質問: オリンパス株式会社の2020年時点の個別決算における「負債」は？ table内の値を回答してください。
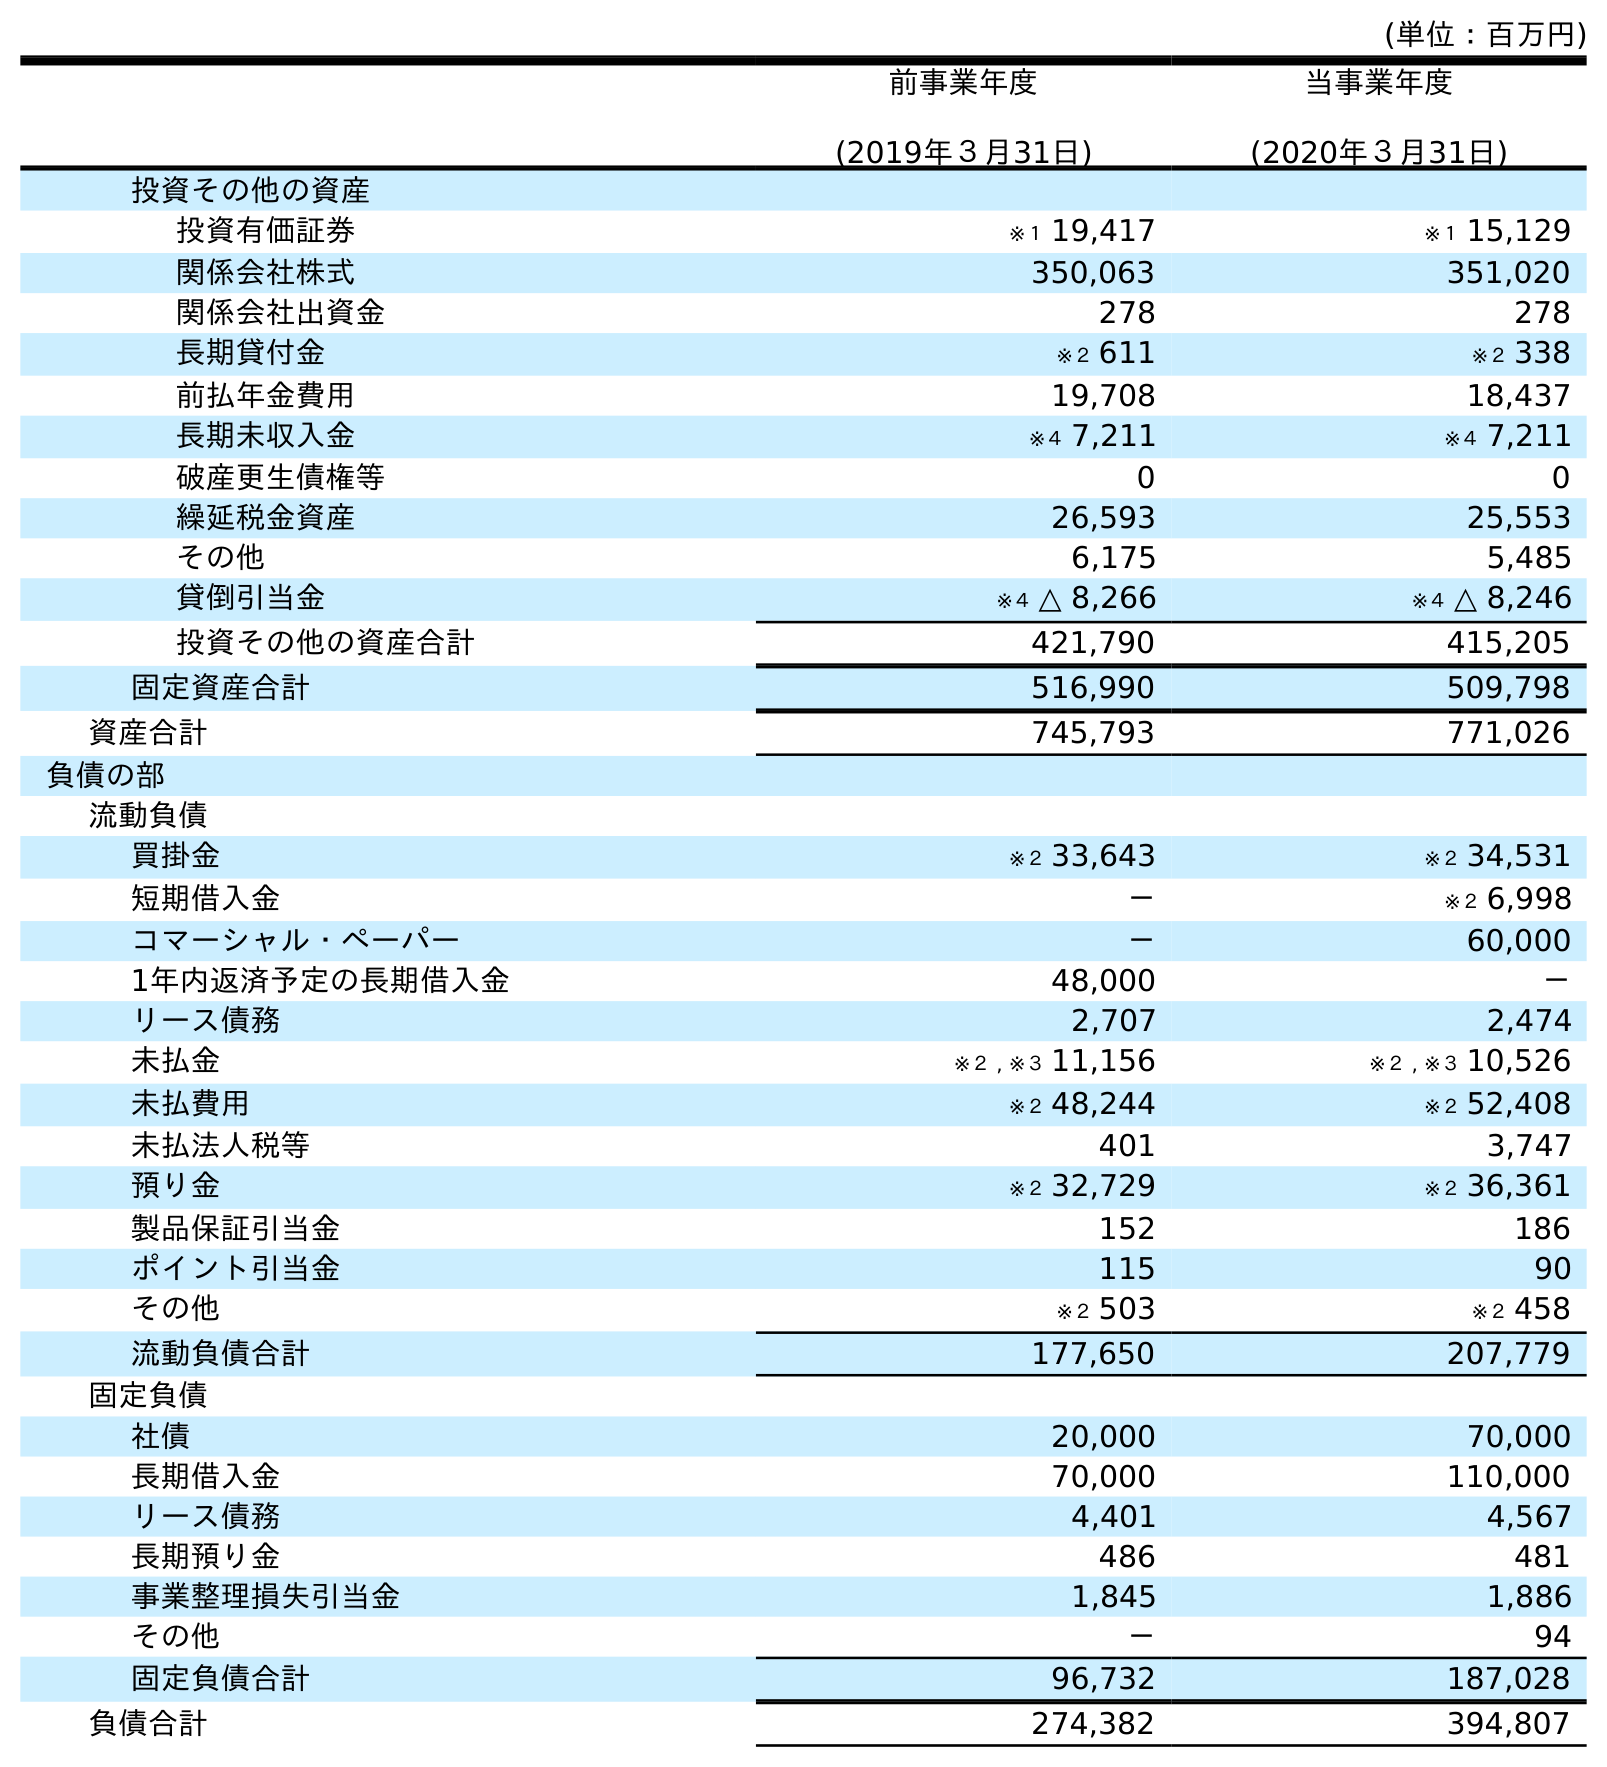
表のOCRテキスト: (単位：百万円) 前事業年度 (2019年３月31日) 当事業年度 (2020年３月31日) 投資その他の資産 投資有価証券 ※１ 19,417 ※１ 15,129 関係会社株式 350,063 351,020 関係会社出資金 278 278 長期貸付金 ※２ 611 ※２ 338 前払年金費用 19,708 18,437 長期未収入金 ※４ 7,211 ※４ 7,211 破産更生債権等 0 0 繰延税金資産 26,593 25,553 その他 6,175 5,485 貸倒引当金 ※４ △ 8,266 ※４ △ 8,246 投資その他の資産合計 421,790 415,205 固定資産合計 516,990 509,798 資産合計 745,793 771,026 負債の部 流動負債 買掛金 ※２ 33,643 ※２ 34,531 短期借入金 － ※２ 6,998 コマーシャル・ペーパー － 60,000 1年内返済予定の長期借入金 48,000 － リース債務 2,707 2,474 未払金 ※２ , ※３ 11,156 ※２ , ※３ 10,526 未払費用 ※２ 48,244 ※２ 52,408 未払法人税等 401 3,747 預り金 ※２ 32,729 ※２ 36,361 製品保証引当金 152 186 ポイント引当金 115 90 その他 ※２ 503 ※２ 458 流動負債合計 177,650 207,779 固定負債 社債 20,000 70,000 長期借入金 70,000 110,000 リース債務 4,401 4,567 長期預り金 486 481 事業整理損失引当金 1,845 1,886 その他 － 94 固定負債合計 96,732 187,028 負債合計 274,382 394,807
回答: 394,807